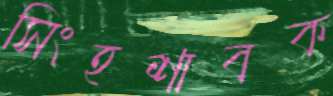
সিংহশাবক